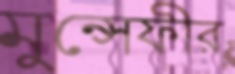
মুন্সেফীর